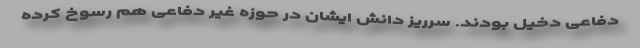
دفاعی دخیل بودند. سرریز دانش ایشان در حوزه غیر دفاعی هم رسوخ کرده